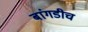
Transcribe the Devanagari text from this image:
बांगडीच